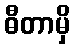
ဓီတာမှိ